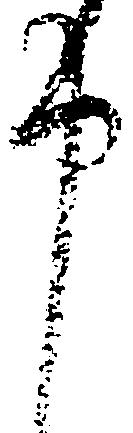
申